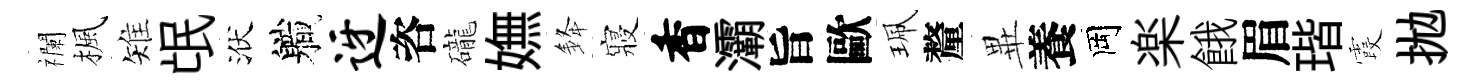
襴楓雉氓洑軄迓咨礲嫵𨦟寢香灞旨歐珮釐𭺾養岡楽餓眉瑎霞拋